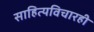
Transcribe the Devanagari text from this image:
साहित्यविचारही